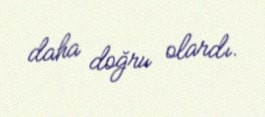
daha doğru olardı.